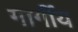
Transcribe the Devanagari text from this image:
गार्गीय